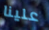
علينا